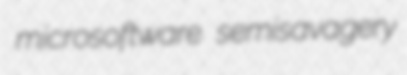
microsoftware semisavagery